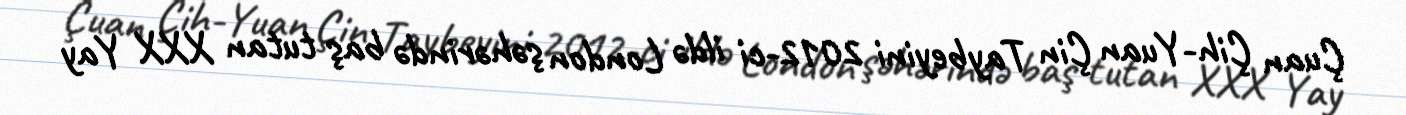
Çuan Çih-Yuan Çin Taybeyini 2012-ci ildə London şəhərində baş tutan XXX Yay